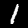
Digit: 1